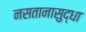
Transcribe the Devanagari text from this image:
नसतानासुद्धा